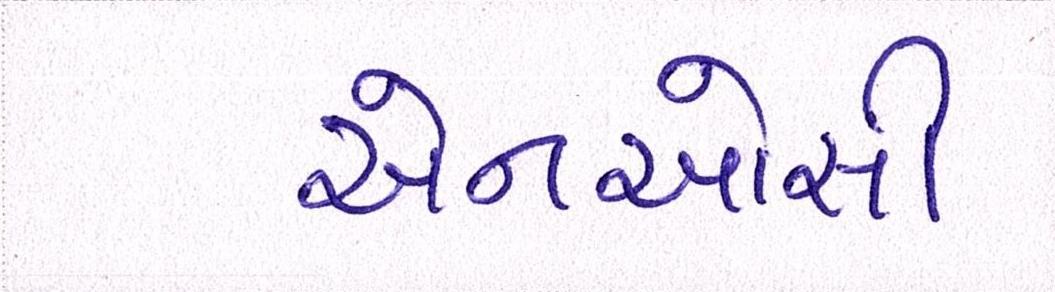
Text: એનઓસી